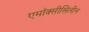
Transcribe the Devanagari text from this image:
एमॉक्सीसिलीन